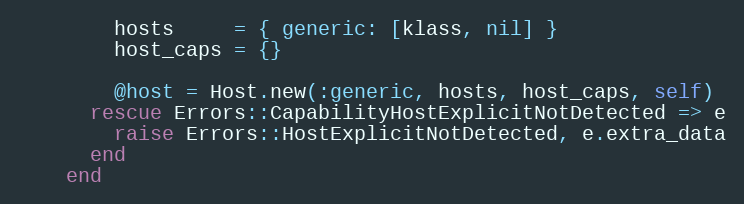
Language: Ruby
        hosts     = { generic: [klass, nil] }
        host_caps = {}

        @host = Host.new(:generic, hosts, host_caps, self)
      rescue Errors::CapabilityHostExplicitNotDetected => e
        raise Errors::HostExplicitNotDetected, e.extra_data
      end
    end